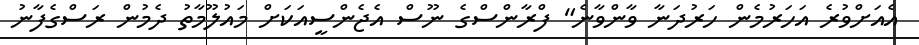
އެއަށްވުރެ އަހަރުމެން ހަރުދަނާ ވާންވާނެ" ފްރާންސްގެ ނޫސް އެޖެންސީއަކަށް މައުލޫމާތު ދެމުން ރަސްގެފާނު